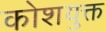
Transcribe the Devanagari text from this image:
कोशयुक्त